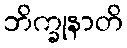
ဘိက္ခုနာတိ